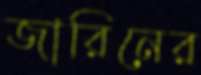
জারিনের